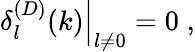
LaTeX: \left.\delta_{l}^{(D)}(k)\right|_{l\neq 0}=0\; ,